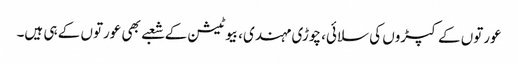
عورتوں کے کپڑوں کی سلائی، چوڑی مہندی، بیوٹیشن کے شعبے بھی عورتوں کے ہی ہیں۔